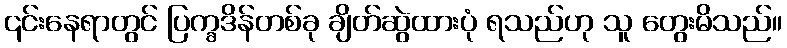
၎င်းနေရာတွင် ပြက္ခဒိန်တစ်ခု ချိတ်ဆွဲထားပုံ ရသည်ဟု သူ တွေးမိသည်။